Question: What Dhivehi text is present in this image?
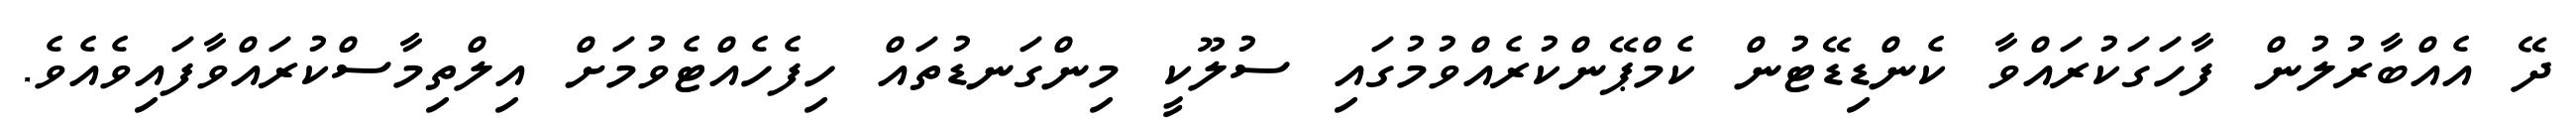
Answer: ދޭ އެއްބާރުލުން ފާހަގަކުރައްވާ ކެންޑިޑޭޓުން ކެމްޕޭންކުރެއްވުމުގައި ސުލޫކީ މިންގަނޑުތައް ހިފެހެއްޓެވުމަށް އިލްތިމާސްކުރައްވާފައިވެއެވެ.